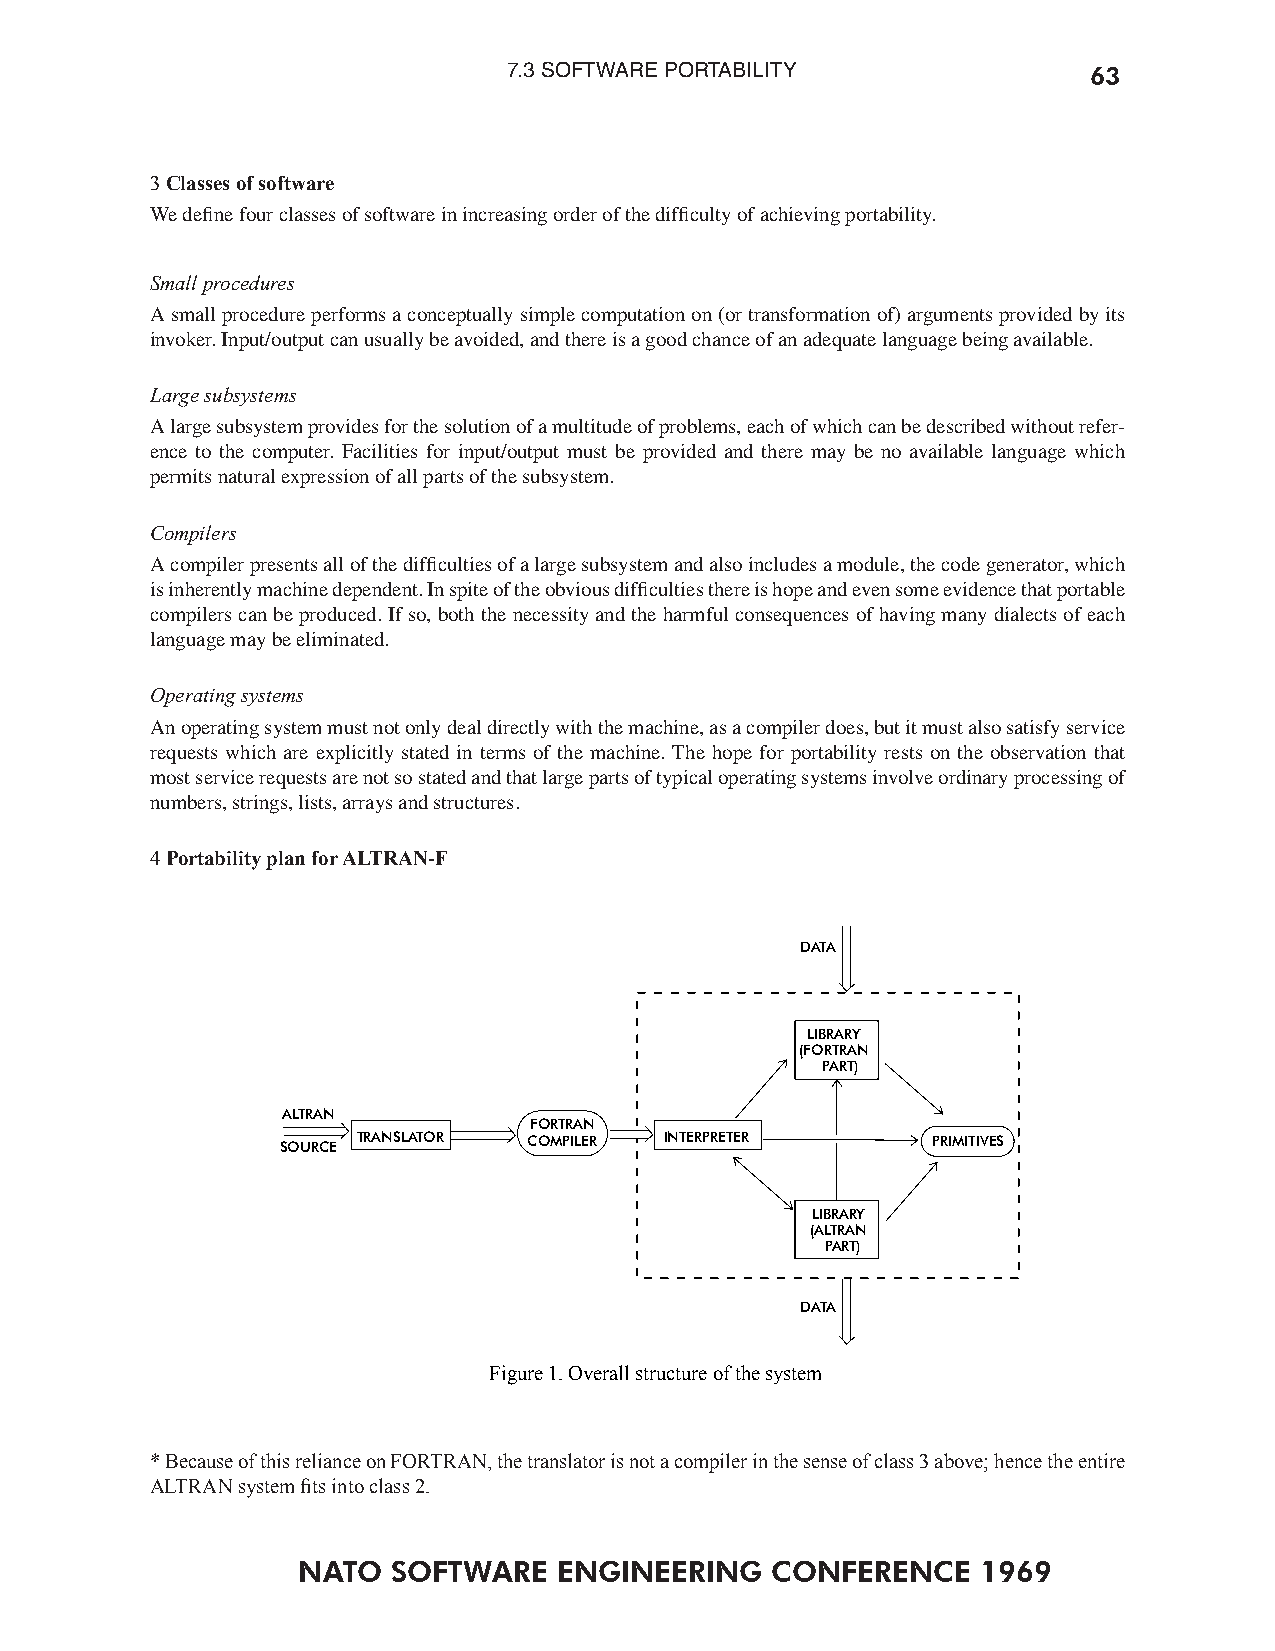
7.3 SOFTWARE PORTABILITY              63
 3 Classes of software
 We define four classes of software in increasing order of the difficulty of achieving portability.
 Small procedures
 A small procedure performs a conceptually simple computation on (or transformation of) arguments provided by its
 invoker. Input/output can usually be avoided, and there is a good chance of an adequate language being available.
 Large subsystems
 A large subsystem provides for the solution of a multitude of problems, each of which can be described without refer-
 ence to the computer. Facilities for input/output must be provided and there may be no available language which
 permits natural expression of all parts of the subsystem.
 Compilers
 A compiler presents all of the difficulties of a large subsystem and also includes a module, the code generator, which
 is inherently machine dependent. In spite of the obvious difficulties there is hope and even some evidence that portable
 compilers can be produced. If so, both the necessity and the harmful consequences of having many dialects of each
 language may be eliminated.
 Operating systems
 An operating system must not only deal directly with the machine, as a compiler does, but it must also satisfy service
 requests which are explicitly stated in terms of the machine. The hope for portability rests on the observation that
 most service requests are not so stated and that large parts of typical operating systems involve ordinary processing of
 numbers, strings, lists, arrays and structures.
 4 Portability plan for ALTRAN-F
 DATA
 LIBRARY
 (FORTRAN
 PART)
 ALTRAN
 FORTRAN
 SOURCE TRANSLATOR COMPILER INTERPRETER     PRIMITIVES
 LIBRARY
 (ALTRAN
 PART)
 DATA
 Figure 1. Overall structure of the system
 * Because of this reliance on FORTRAN, the translator is not a compiler in the sense of class 3 above; hence the entire
 ALTRAN system ts into class 2.
 NATO  SOFTWARE   ENGINEERING   CONFERENCE    1969